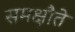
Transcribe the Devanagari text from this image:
समक्षौते